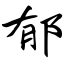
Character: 郁